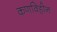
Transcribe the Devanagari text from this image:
कणविहीन